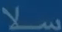
سلا